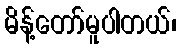
မိန့်တော်မူပါတယ်၊